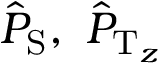
\ensuremath { \hat { P } } _ { \ensuremath { \mathrm { S } } } , \ \ensuremath { \hat { P } } _ { \ensuremath { \mathrm { T } } _ { z } }